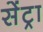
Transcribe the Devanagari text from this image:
सेंट्रा